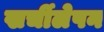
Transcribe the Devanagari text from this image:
खर्चीलेपन